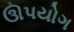
ઊપયોગ